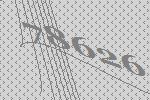
78626